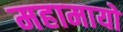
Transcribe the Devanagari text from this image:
महामायो